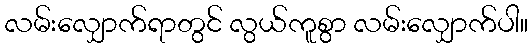
လမ်းလျှောက်ရာတွင် လွယ်ကူစွာ လမ်းလျှောက်ပါ။